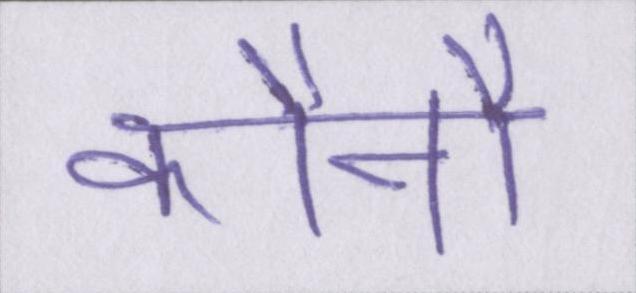
कौनौ